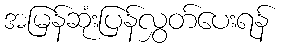
အမြန်ဆုံးပြန်လွှတ်ပေးရန်